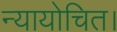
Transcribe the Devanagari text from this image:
न्यायोचित।